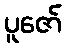
ပူဇော်